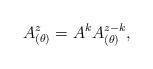
LaTeX: \begin{align*}A^z_{(\theta)}=A^k A^{z-k}_{(\theta)},\end{align*}